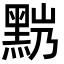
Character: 𪐹